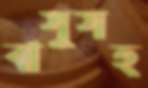
বাসুসহ